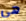
هي